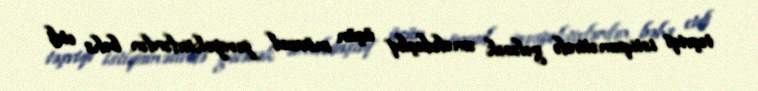
təşviqi istiqamətində gələcək əməkdaşlıq üçün mövcud perspektivlərdən bəhs etdi